Medical and sanitary report of the native army of Bengal for the year
Year: 1874
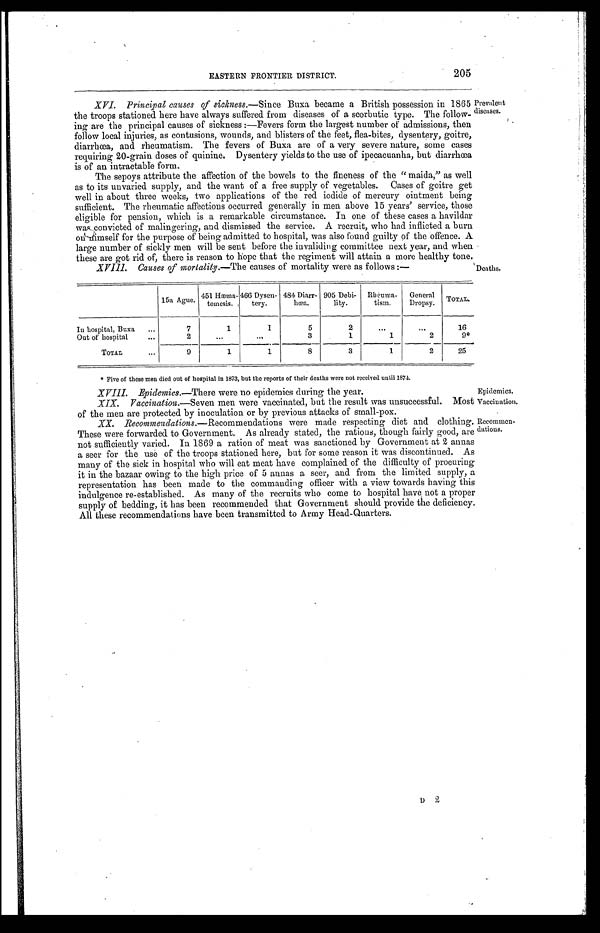
205
EASTERN FRONTIER DISTRICT.
XVI. Principal causes of sickness.—Since Buxa became a British possession in 1865
the troops stationed here have always suffered from diseases of a scorbutic type. The follow
- i n g a r e t h e p r i n c i p a l c a u s e s o f s i c k n e s s : — F e v e r s f o r m t h e l a r g e s t n u m b e r o f a d m i s s i o n s , t h e n
follow local injuries, as contusions, wounds, and blisters of the feet, flea-bites, dysentery, goitre,
diarrhœa, and rheumatism. The fevers of Buxa are of a very severe nature, some cases
requiring 20-grain doses of quinine. Dysentery yields to the use of ipecacuanha, but diarrhœa
is of an intractable form.
The sepoys attribute the affection of the bowels to the fineness of the "maida," as well
as to its unvaried supply, and the want of a free supply of vegetables. Cases of goitre get
well in about three weeks, two applications of the red iodide of mercury ointment being
sufficient. The rheumatic affections occurred generally in men above 15 years' service, those
eligible for pension, which is a remarkable circumstance. In one of these cases a havildar
was convicted of malingering, and dismissed the service. A recruit, who had inflicted a burn
on himself for the purpose of being admitted to hospital, was also found guilty of the offence. A
large number of sickly men will be sent before the invaliding committee next year, and when
these are got rid of, there is reason to hope that the regiment will attain a more healthy tone.
XVIII. Causes of mortality.—The causes of mortality were as follows:—
Prevalent
diseases.
Deaths.
15a Ague. 451 Hæma-
temesis.
466 Dysen-
tery.
484 Diarr-
hœa.
905 Debi-
lity.
Rh cuma-
tism.
General
Dropsy. TOTAL.
In hospital, Buxa
7
1
1
5
2
16
Out of hospital
2
3
1
1
2
9 *
TOTAL
9
1
1
8
3
1
2
25
* Five of these men died out of hospital in 1873, but the reports of their deaths were not received until 1874.
XVI I I . Epi de mi c s . —The r e we r e no e pi de mi c s dur i ng t he ye a r .
XIX.
Vaccination.—Seven men were vaccinated, but the result was unsuccessful.
of the men are protected by inoculation or by previous attacks of small-pox.
XX. Recommendations. —Recommendations were made respecting diet and clothing.
These were forwarded to Government. As already stated, the rations, though fairly good, are
not sufficiently varied. In 1869 a ration of meat was sanctioned by Government at 2 annas
a seer for the use of the troops stationed here, but for some reason it was discontinued. As
many of the sick in hospital who will eat meat have complained of the difficulty of procuring
it in the bazaar owing to the high price of 5 annas a seer, and from the limited supply, a
representation has been made to the commanding officer with a view towards having this
indulgence re-established. As many of the recruits who come to hospital have not a proper
supply of bedding, it has been recommended that Government should provide the deficiency.
All these recommendations have been transmitted to Army Head-Quarters.
Epidemics.
Most Vaccination.
D